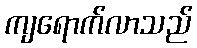
ကျရောက်လာသည်